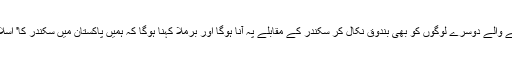
کیا میری طرح سوچنے والے دوسرے لوگوں کو بھی بندوق نکال کر سکندر کے مقابلے پہ آنا ہوگا اور برملا کہنا ہوگا کہ ہمیں پاکستان میں سکندر کا' اسلامی نظام' نہیں چاہیے۔